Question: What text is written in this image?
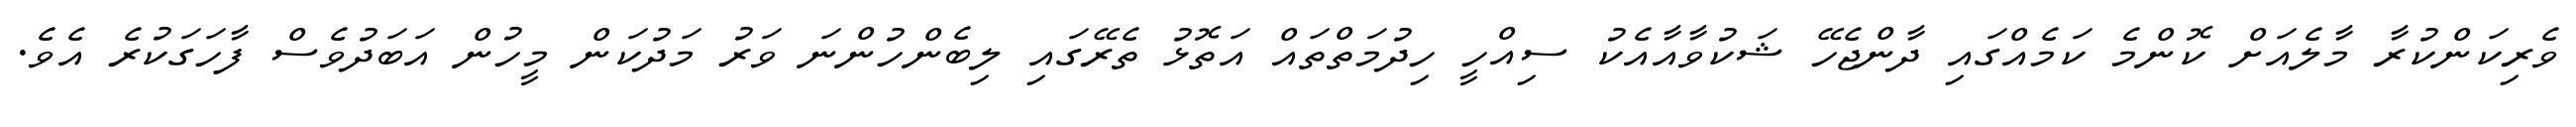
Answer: ވެރިކަންކުރާ މާލެއަށް ކޮންމެ ކަމެއްގައި ދާންޖެހޭ ޝަކުވާއާއެކު ސިއްހީ ހިދުމަތްތައް އަތޮޅު ތެރޭގައި ލިބެންހުންނަ ވަރު މަދުކަން މީހުން އަބަދުވެސް ފާހަގަކުރެ އެވެ.